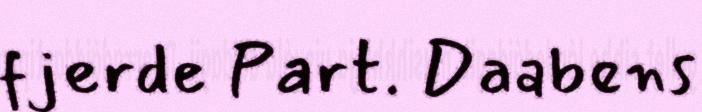
fjerde Part. Daabens